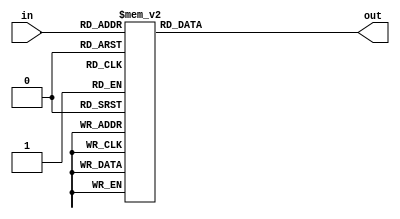
module deco_3_8 (
    input [2:0] in,
    output reg [7:0] out
);
    always @(*) begin
        case (in)
            3'b000: out = 8'b00000001;
            3'b001: out = 8'b00000010;
            3'b010: out = 8'b00000100;
            3'b011: out = 8'b00001000;
            3'b100: out = 8'b00010000;
            3'b101: out = 8'b00100000;
            3'b110: out = 8'b01000000;
            3'b111: out = 8'b10000000;
            default: out = 8'b00000001;  // Default to avoid latches
        endcase
    end
endmodule